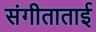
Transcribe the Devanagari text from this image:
संगीताताई